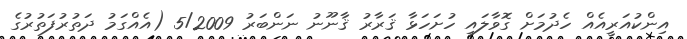
އިންކުއަރީއެއް ހެދުމަށް ގޮވާލައި ހުށަހަޅާ ޤަރާރު ޤާނޫނު ނަންބަރު 5/2009 (އެއްގަމު ދަތުރުފަތުރުގެ